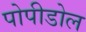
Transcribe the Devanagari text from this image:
पोपीडोल